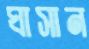
ঘাসান